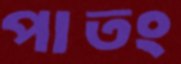
পাতং